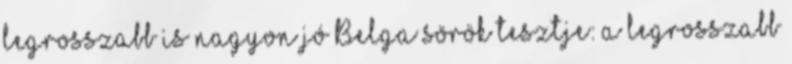
legrosszabb is nagyon jó Belga sörök tesztje: a legrosszabb